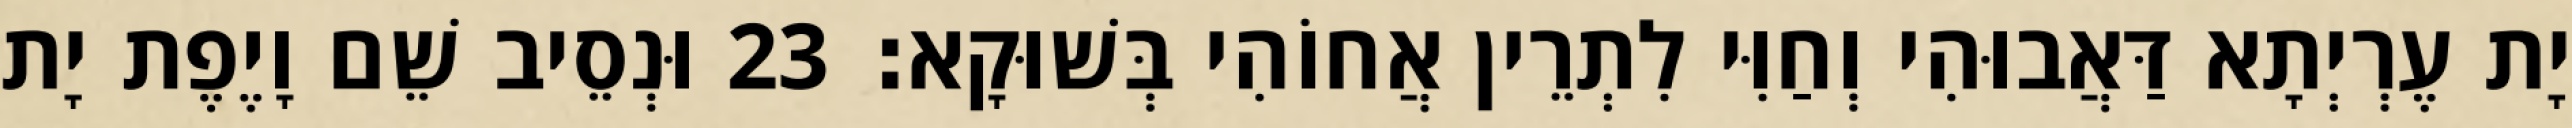
יָת עֶרְיְתָא דַּאֲבוּהִי וְחַוִּי לִתְרֵין אֲחוֹהִי בְּשׁוּקָא׃ 23 וּנְסֵיב שֵׁם וָיֶפֶת יָת